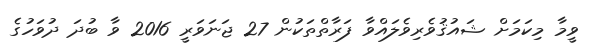
ވީމާ މިކަމަށް ޝައުޤުވެރިވެލައްވާ ފަރާތްތަކުން 27 ޖަނަވަރީ 2016 ވާ ބުދަ ދުވަހުގެ